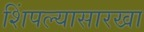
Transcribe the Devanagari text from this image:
शिंपल्यासारखा